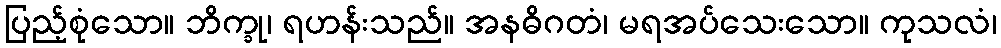
ပြည့်စုံသော။ ဘိက္ခု၊ ရဟန်းသည်။ အနဓိဂတံ၊ မရအပ်သေးသော။ ကုသလံ၊